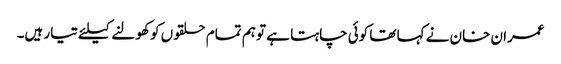
عمران خان نے کہا تھا کوئی چاہتا ہے تو ہم تمام حلقوں کو کھولنے کیلئے تیار ہیں۔